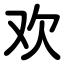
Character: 欢